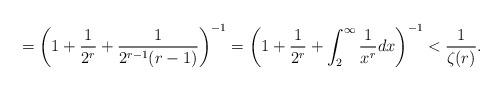
LaTeX: \begin{align*}=\left(1+\frac{1}{2^r}+\frac{1}{2^{r-1}(r-1)}\right)^{-1}=\left(1+\frac{1}{2^r}+\int_2^{\infty}\frac{1}{x^r}dx\right)^{-1}<\frac{1}{\zeta(r)}. \end{align*}